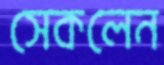
সেকলেন